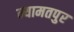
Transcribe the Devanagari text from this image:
न्यामतपुर